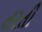
તરતી